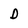
Character: D